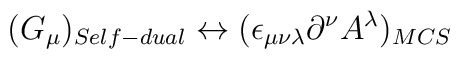
(G_{\mu})_{Self-dual} \leftrightarrow (\epsilon_{\mu\nu\lambda}\partial^{\nu}A^{\lambda})_{MCS}